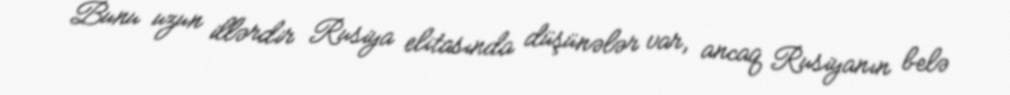
Bunu uzun illərdir Rusiya elitasında düşünələr var, ancaq Rusiyanın belə